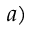
a )